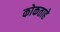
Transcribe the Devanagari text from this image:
कोकताहे